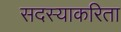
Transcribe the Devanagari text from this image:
सदस्याकरिता